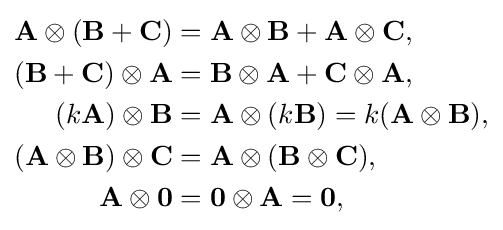
{\begin{aligned}\mathbf {A} \otimes (\mathbf {B} +\mathbf {C} )&=\mathbf {A} \otimes \mathbf {B} +\mathbf {A} \otimes \mathbf {C} ,\\(\mathbf {B} +\mathbf {C} )\otimes \mathbf {A} &=\mathbf {B} \otimes \mathbf {A} +\mathbf {C} \otimes \mathbf {A} ,\\(k\mathbf {A} )\otimes \mathbf {B} &=\mathbf {A} \otimes (k\mathbf {B} )=k(\mathbf {A} \otimes \mathbf {B} ),\\(\mathbf {A} \otimes \mathbf {B} )\otimes \mathbf {C} &=\mathbf {A} \otimes (\mathbf {B} \otimes \mathbf {C} ),\\\mathbf {A} \otimes \mathbf {0} &=\mathbf {0} \otimes \mathbf {A} =\mathbf {0} ,\end{aligned}}